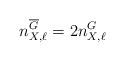
LaTeX: \begin{align*} n_{X, \ell}^{\overline{G}} = 2 n_{X, \ell}^G \end{align*}